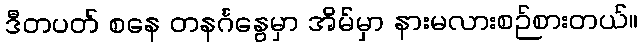
ဒီတပတ် စနေ တနင်္ဂနွေမှာ အိမ်မှာ နားမလားစဉ်စားတယ်။